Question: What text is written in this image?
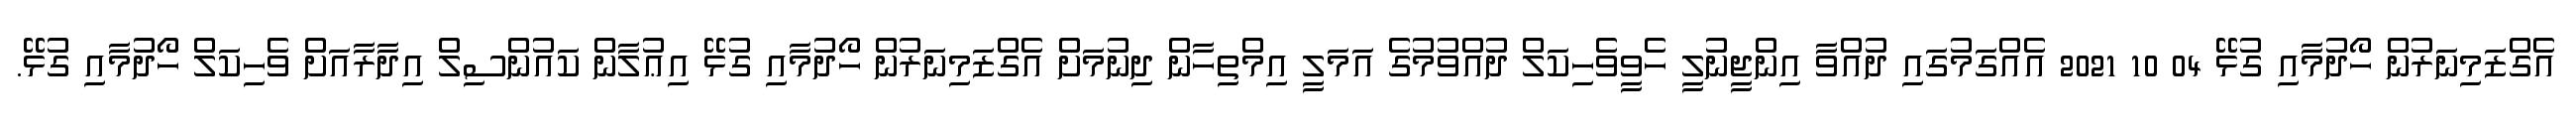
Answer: އެގްޒަމިނަރުން ހޯދުމާއި ގުޅޭ 04 10 2021 އެއްގަމުގައި ދުއްވާ އިންޖީނުލީ ހެވީވެހިކަލް ދުއްވުމުގެ އަމަލީ އިމްތިހާން ދިނުމަށް އެގްޒަމިނަރުން ހޯދުމާއި ގުޅޭ އިޢުލާން ކައުންސިލް އިދާރާއަށް ވެހިކަލް ހޯދުމާއި ގުޅޭ.